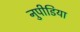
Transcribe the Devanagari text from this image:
नुपीडिया